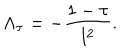
LaTeX: \Lambda _ { \tau } = - { \frac { 1 - \tau } { l ^ { 2 } } } .